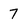
Character: 7